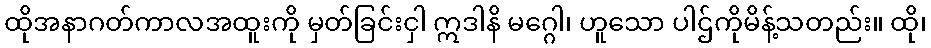
ထိုအနာဂတ်ကာလအထူးကို မှတ်ခြင်းငှါ ဣဒါနိ မဂ္ဂေါ၊ ဟူသော ပါဌ်ကိုမိန့်သတည်း။ ထို၊